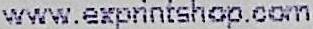
WWW.EXPRINTSHOP.COM